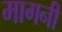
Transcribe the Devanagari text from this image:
मागनी